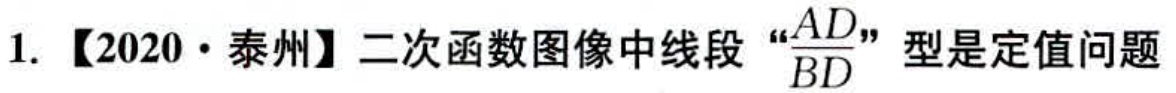
1. 【2020·泰州】二次函数图像中线段“$\frac{AD}{BD}$”型是定值问题